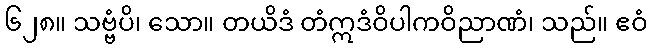
၆၂၈။ သဗ္ဗံပိ၊ သော။ တယိဒံ တံဣဒံဝိပါကဝိညာဏံ၊ သည်။ ဧဝံ